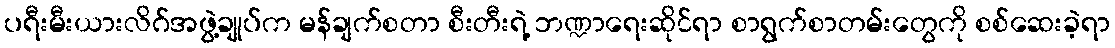
ပရီးမီးယားလိဂ်အဖွဲ့ချုပ်က မန်ချက်စတာ စီးတီးရဲ့ ဘဏ္ဍာရေးဆိုင်ရာ စာရွက်စာတမ်းတွေကို စစ်ဆေးခဲ့ရာ